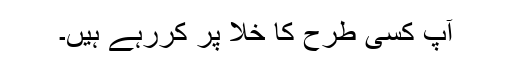
آپ کسی طرح کا خلا پر کررہے ہیں۔